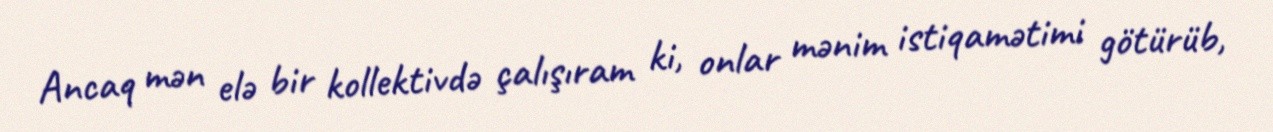
Ancaq mən elə bir kollektivdə çalışıram ki, onlar mənim istiqamətimi götürüb,